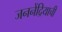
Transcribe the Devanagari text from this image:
जननेंद्रियाची